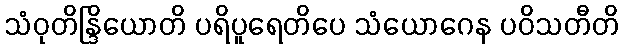
သံဝုတိန္ဒြိယောတိ ပရိပူရေတိပေ သံယောဂေန ပဝိသတီတိ